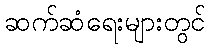
ဆက်ဆံရေးများတွင်